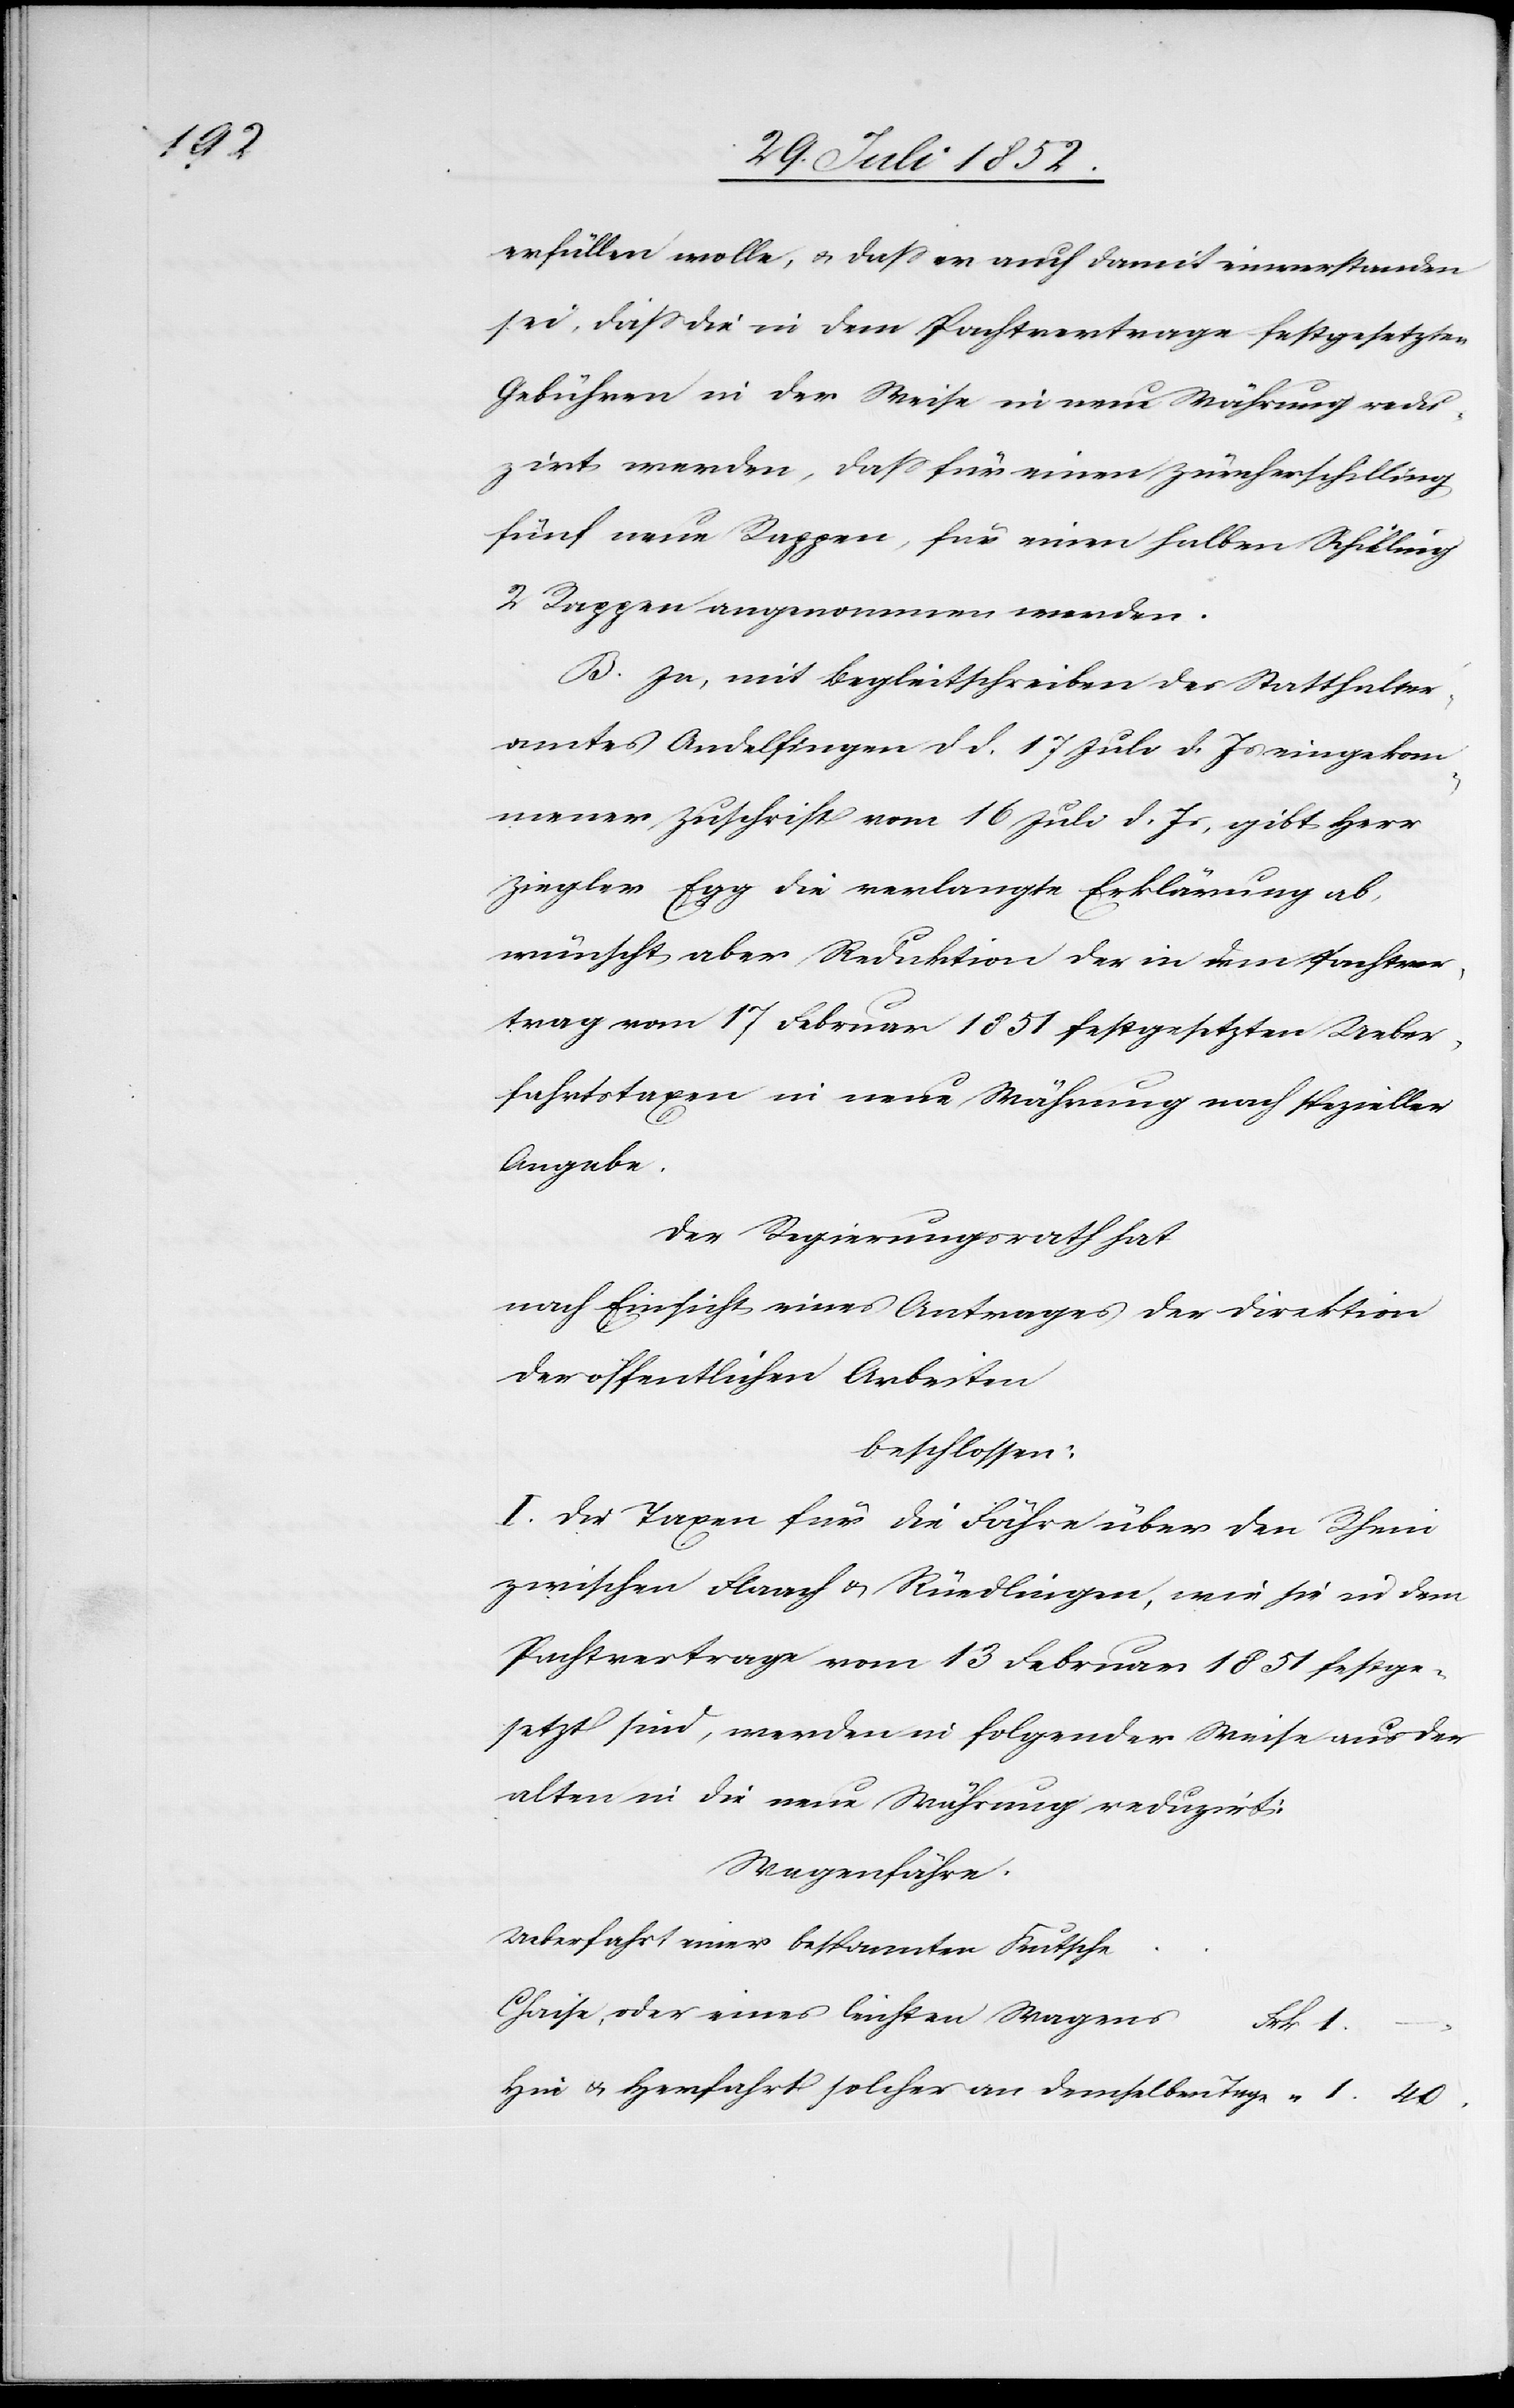
40.

erfüllen wolle, & dass er auch damit einverstanden
sei, dass die in dem Pachtvertrage festgesetzten
Gebühren in der Weise in neue Währung redu¬
zirt werden, dass für einen Zürcherschilling
fünf neue Rappen, für einen halben Schilling
2 Rappen angenommen werden.
B. In, mit Begleitschreiben des Statthalter¬
amtes Andelfingen d d. 17 Juli d. Js eingekom¬
mener Zuschrift vom 16 Juli d. Js, gibt Herr
Ziegler Egg die verlangte Erklärung ab,
wünscht aber Reduktion der in dem Pachtver¬
trag vom 17 Februar 1851 festgesetzten Ueber¬
fahrtstaxen in neue Währung nach spezieller
Angabe.
Der Regierungsrath hat
nach Einsicht eines Antrages der Direktion
der öffentlichen Arbeiten
beschlossen:
I. Die Taxen für die Fähre über den Rhein
zwischen Flaach & Rüedlingen, wie sie in dem
Pachtvertrage vom 13 [recte: 17.] Februar 1851 festge¬
setzt sind, werden in folgender Weise aus der
alten in die neue Währung reduzirt:
Wagenfähre.
Ueberfahrt einer bespannten Kutsche[,]
Chaise, oder eines leichten Wagens
“ 1.
Hin[-] & Herfahrt solcher an demselben Tage